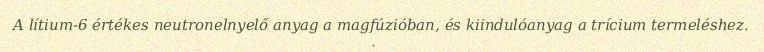
A lítium-6 értékes neutronelnyelő anyag a magfúzióban, és kiindulóanyag a trícium termeléshez.